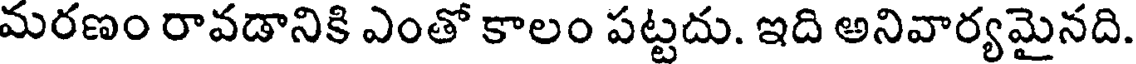
మరణం రావడానికి ఎంతో కాలం పట్టదు. ఇది అనివార్యమైనది.